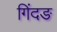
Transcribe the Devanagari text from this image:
गिंदङ